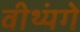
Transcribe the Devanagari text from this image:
वीथ्यंगे